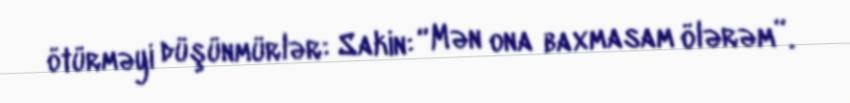
ötürməyi düşünmürlər: Sakin: “Mən ona baxmasam ölərəm”.